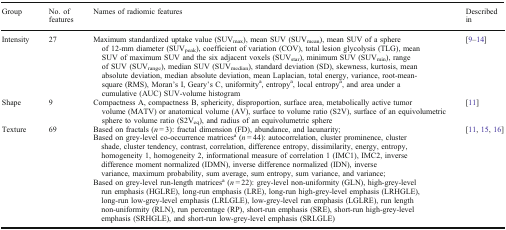
<table><thead><tr><td><b>Group</b></td><td><b>No. of features</b></td><td><b>Names of radiomic features</b></td><td><b>Described in</b></td></tr></thead><tbody><tr><td>Intensity</td><td>27</td><td>Maximum standardized uptake value (SUV<sub>max</sub>), mean SUV (SUV<sub>mean</sub>), mean SUV of a sphere of 12-mm diameter (SUV<sub>peak</sub>), coefficient of variation (COV), total lesion glycolysis (TLG), mean SUV of maximum SUV and the six adjacent voxels (SUV<sub>star</sub>), minimum SUV (SUV<sub>min</sub>), range of SUV (SUV<sub>range</sub>), median SUV (SUV<sub>median</sub>), standard deviation (SD), skewness, kurtosis, mean absolute deviation, median absolute deviation, mean Laplacian, total energy, variance, root-mean-square (RMS), Moran’s I, Geary’s C, uniformity<sup>a</sup>, entropy<sup>a</sup>, local entropy<sup>a</sup>, and area under a cumulative (AUC) SUV-volume histogram</td><td>[9–14]</td></tr><tr><td>Shape</td><td>9</td><td>Compactness A, compactness B, sphericity, disproportion, surface area, metabolically active tumor volume (MATV) or anatomical volume (AV), surface to volume ratio (S2V), surface of an equivolumetric sphere to volume ratio (S2V<sub>eq</sub>), and radius of an equivolumetric sphere</td><td>[11]</td></tr><tr><td>Texture</td><td>69</td><td>Based on fractals (<i>n</i> = 3): fractal dimension (FD), abundance, and lacunarity;Based on grey-level co-occurrence matrices<sup>a</sup> (<i>n</i> = 44): autocorrelation, cluster prominence, cluster shade, cluster tendency, contrast, correlation, difference entropy, dissimilarity, energy, entropy, homogeneity 1, homogeneity 2, informational measure of correlation 1 (IMC1), IMC2, inverse difference moment normalized (IDMN), inverse difference normalized (IDN), inverse variance, maximum probability, sum average, sum entropy, sum variance, and variance;Based on grey-level run-length matrices<sup>a</sup> (<i>n</i> = 22): grey-level non-uniformity (GLN), high-grey-level run emphasis (HGLRE), long-run emphasis (LRE), long-run high-grey-level emphasis (LRHGLE), long-run low-grey-level emphasis (LRLGLE), low-grey-level run emphasis (LGLRE), run length non-uniformity (RLN), run percentage (RP), short-run emphasis (SRE), short-run high-grey-level emphasis (SRHGLE), and short-run low-grey-level emphasis (SRLGLE)</td><td>[11, 15, 16]</td></tr></tbody></table>